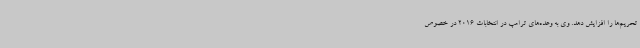
تحریم‌ها را افزایش دهد. وی به وعده‌های ترامپ در انتخابات 2016 در خصوص